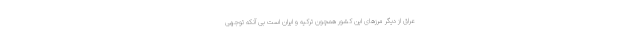
عراق از دیگر مرزهای این کشور همچون ترکیه و ایران است بی آنکه توجهی